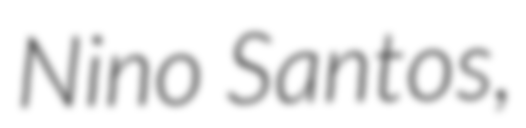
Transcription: Nino Santos,